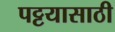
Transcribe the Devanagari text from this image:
पट्टयासाठी